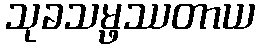
သုခသမ္ဖဿတာယ